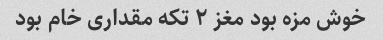
خوش مزه بود مغز ۲ تکه مقداری خام بود